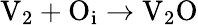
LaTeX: \mathrm{V}_{2}+\mathrm{O}_{\mathrm{i}}\to\mathrm{V}_{2}\mathrm{O}